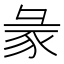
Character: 𧰲